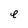
Character: e